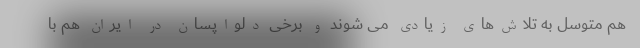
هم متوسل به تلاش‌های زیادی می شوند و برخی دلواپسان در ایران هم با